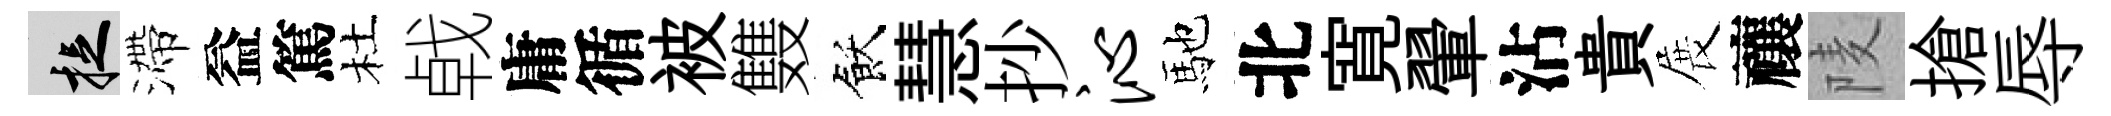
捉滯益篤杜㦸庸循被䨇飫慧抄沁馳北寛翬沾貴展禳𨹧搶辱